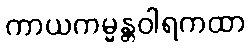
ကာယကမ္မန္တဝါရကထာ